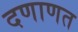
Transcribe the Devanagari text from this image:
दणाणत